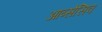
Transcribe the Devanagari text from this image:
आब्सेसिव